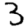
Digit: 3